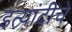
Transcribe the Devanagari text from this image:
इत्यांदीचे